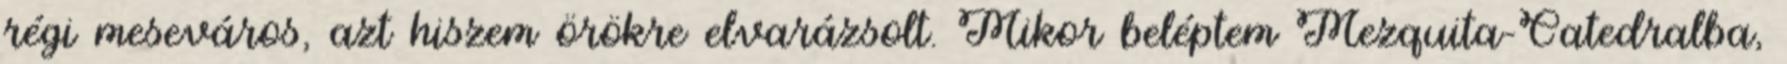
régi meseváros, azt hiszem örökre elvarázsolt. Mikor beléptem Mezquita-Catedralba,